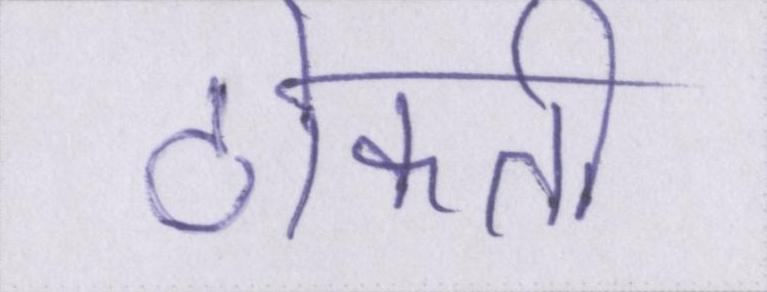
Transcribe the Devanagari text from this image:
टोकती